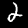
Label: 2